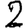
Digit: 2